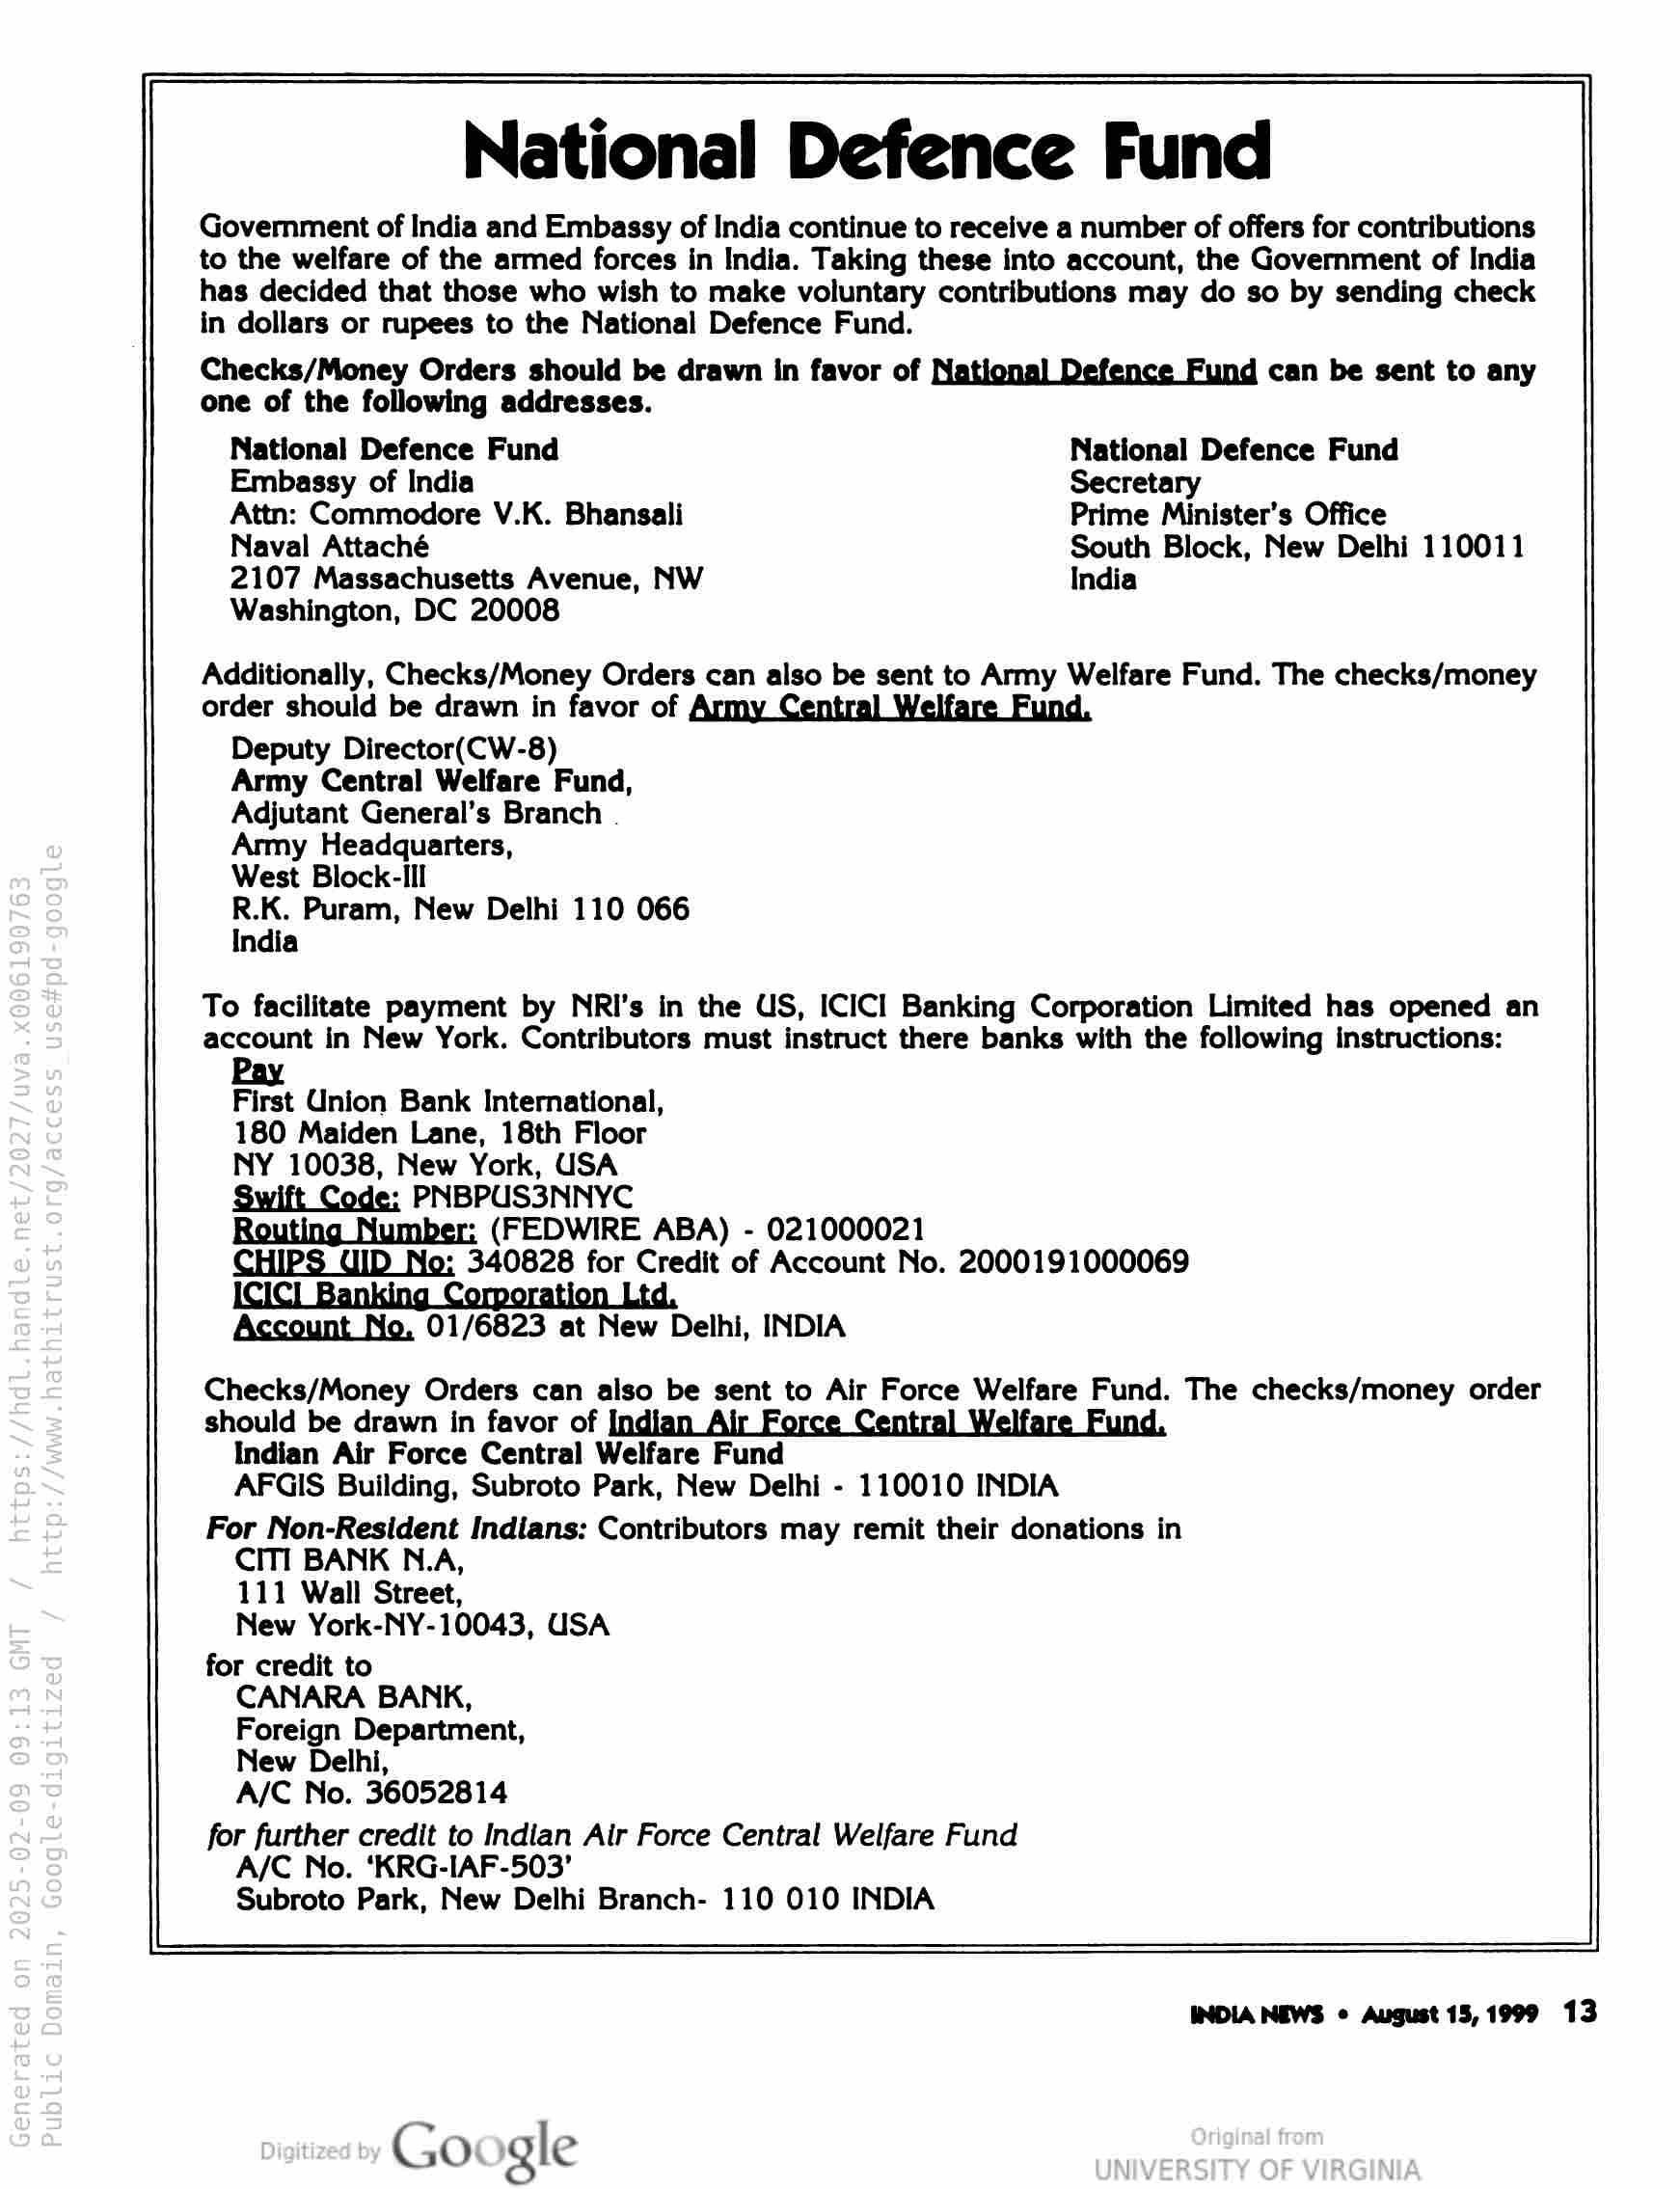
National Defence Fund

Government of India and Embassy of India continue to receive a number of offers for contributions
to the welfare of the armed forces in India. Taking these into account, the Government of India
has decided that those who wish to make voluntary contributions may do so by sending check
in dollars or rupees to the National Defence Fund.

Checks/Money Orders should be drawn in favor of
one of the following addresses.

can be sent to any

National Defence Fund National Defence Fund
Embassy of India Secretary

Attn: Commodore V.K. Bhansali Prime Minister’s Office

Naval Attaché South Block, New Delhi 110011
2107 Massachusetts Avenue, NW India

Washington, DC 20008

Additionally, Checks/Money Orders can also be sent to Army Welfare Fund. The checks/money

order should be drawn in favor of

should be drawn in favor of

for credit to

Subroto Park, New Delhi Branch- 110 010 INDIA

Deputy Director(CW-8)

Army Central Welfare Fund,
Adjutant General’s Branch .
Army Headquarters,

West Block-Ill

R.K. Puram, New Delhi 110 066
India

To facilitate payment by NRI's in the US, ICICI Banking Corporation Limited has opened an
account in New York. Contributors must instruct there banks with the following instructions:

First Union Bank International,

180 Maiden Lane, 18th Floor

NY 10038, New York, USA

Swift Code: PNBPUS3NNYC

Routing Number: (FEDWIRE ABA) - 021000021

CHIPS UID No: 340828 for Credit of Account No. 2000191000069

ICICI] Banking Corporation Ltd,
Account No. 01/6823 at New Delhi, INDIA
Checks/Money Orders can also be sent to Air Force Welfare Fund. The checks/money order

Indian Air Force Central Welfare Fund

AFGIS Building, Subroto Park, New Delhi - 110010 INDIA

For Non-Resident Indians: Contributors may remit their donations in
CITI BANK N.A,

111 Wall Street,

New York-NY-10043, USA

CANARA BANK,
Foreign Department,
New Delhi,

A/C No. 36052814

for further credit to Indian Air Force Central Welfare Fund
A/C No. ‘KRG-IAF-503’

INDIA NEWS ¢ August 15,1999 13

Google